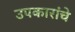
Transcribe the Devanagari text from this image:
उपकारांचे